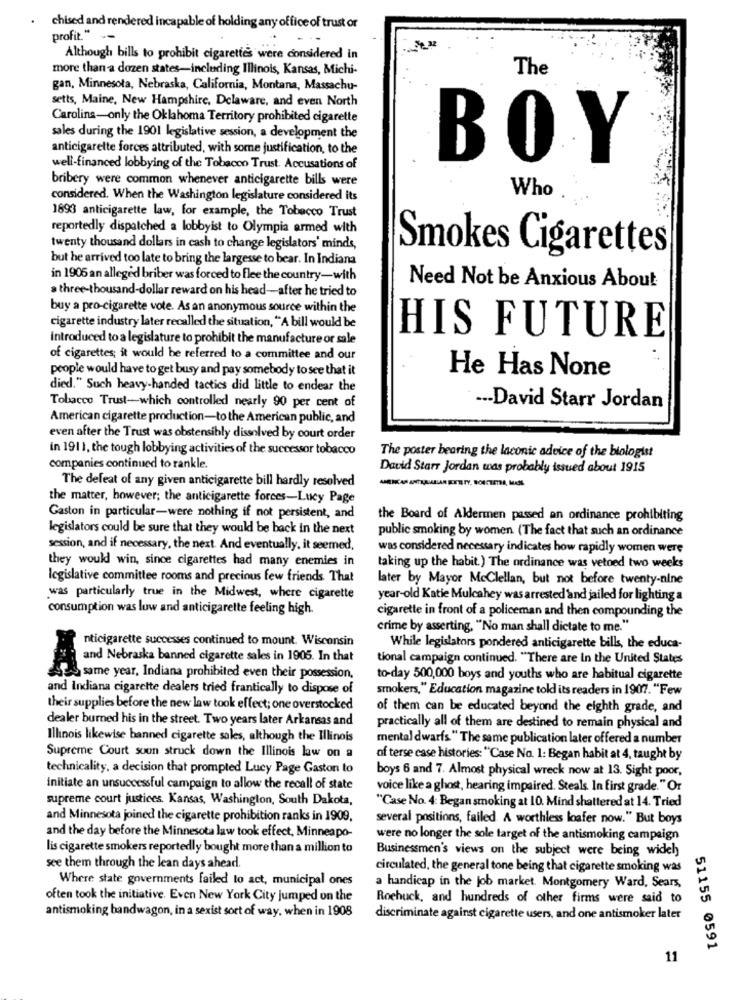
chised and rendered incapable of holding any office of trust or
profit." --
Although bills to prohibit cigarettes were considered in
more than a dozen states-including Illinois, Kansas, Michi-
The
gan, Minnesota, Nebraska, California, Montana, Massachu-
setts, Maine, New Hampshire, Delaware, and even North
Carolina-only the Oklahoma Territory prohibited cigarette
sales during the 1901 legislative session, a development the
anticigarette forces attributed, with some justification, to the
BOY
well-financed lobbying of the Tobacco Trust. Accusations of
bribery were common whenever anticigarette bills were
Who
considered. When the Washington legislature considered its
1893 anticigarette law, for example, the Tobacco Trust
reportedly dispatched a lobbyist to Olympia armed with
twenty thousand dollars in cash to change legislators' minds,
Smokes Cigarettes
but he arrived too late to bring the largesse to bear. In Indiana
in 1906 an alleged briber was forced to flee the country-with
a three-thousand-dollar reward on his head-after he tried to
Need Not be Anxious About
buy a pro-cigarette vote. As an anonymous source within the
cigarette industry later recalled the situation, "A bill would be
introduced to a legislature to prohibit the manufacture or sale
HIS FUTURE
of cigarettes; it would be referred to a committee and our
people would have to get busy and pay somebody to see that it
He Has None
died." Such heavy-handed tactics did Little to endear the
Tobacco Trust-which controlled nearly 90 per cent of
--- David Starr Jordan
American cigarette production-to the American public, and
even after the Trust was obstensibly dissolved by court order
in 1911, the tough lobbying activities of the successor tobacco
The poster bearing the laconic advice of the biologist
companies continued to rankle.
David Starr Jordan was probably issued about 1915
The defeat of any given anticigarette bill hardly resolved
the matter, however; the anticigarette forces-Lucy Page
Gaston in particular-were nothing if not persistent, and
the Board of Aldermen passed an ordinance prohibiting
legislators could be sure that they would be back in the next
public smoking by women (The fact that such an ordinance
session, and if necessary, the next. And eventually, it seemed,
was considered necessary indicates how rapidly women were
they would win, since cigarettes had many enemies in
taking up the habit.) The ordinance was vetoed two weeks
legislative committee rooms and precious few friends That
later by Mayor Mcclellan, but not before twenty-nine
was particularly true in the Midwest, where cigarette
year-old Katie Mulcahey was arrested and jailed for lighting a
consumption was luw and anticigarette feeling high.
cigarette in front of a policeman and then compounding the
crime by asserting, "No man shall dictate to me."
nticigarette successes continued to mount. Wisconsin
While legislators pondered anticigarette bills, the educa-
and Nebraska banned cigarette sales in 1905. In that
tional campaign continued. "There are In the United States
Sos same year, Indiana prohibited even their possession,
to-day 500,000 boys and youths who are habitual cigarette
and Indiana cigarette dealers tried frantically to dispose of
smokers," Education magazine told its readers in 1907. "Few
their supplies before the new law took effect; one overstocked
of them can be educated beyond the eighth grade, and
dealer burned his in the street. Two years later Arkansas and
practically all of them are destined to remain physical and
Illinois likewise banned cigarette sales, although the Illinois
mental dwarfs. " The same publication later offered a number
Supreme Court soon struck down the Illinois law on a
of terse case histories: "Case No. 1: Began habit at 4, taught by
technicality, a decision that prompted Lucy Page Gaston to
boys 6 and 7. Almost physical wreck now at 13. Sight poor,
Initiate an unsuccessful campaign to allow the recall of state
voice like a ghost, hearing impaired. Steals. In first grade." Or
supreme court justices. Kansas, Washington, South Dakota,
"Case No. 4: Began smoking at 10. Mind shattered at 14. Tried
and Minnesota joined the cigarette prohibition ranks in 1909,
several positions, failed A worthless loafer now." But boys
and the day before the Minnesota law took effect, Minneapo-
were no longer the sole target of the antismoking campaign
lis cigarette smokers reportedly bought more than a million to
Businessmen's views on the subject were being wideh
see them through the lean days ahead.
circulated, the general tone being that cigarette smoking was
Where state governments failed to act, municipal ones
a handicap in the job market. Montgomery Ward, Sears,
often took the initiative. Even New York City jumped on the
Rochuck, and hundreds of other firms were said to
antismoking bandwagon, in a sexist sort of way, when in 1908
discriminate against cigarette users, and one antismoker later
51155 0591
11